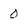
Character: 0